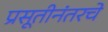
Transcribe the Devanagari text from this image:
प्रसूतीनंतरचे